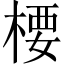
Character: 楆